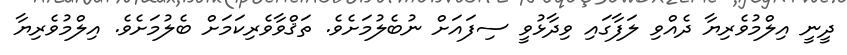
ދީނީ އިލްމުވެރިޔާ ދެއްވި ލަފާގައި ވިދާޅުވީ ސިފައަށް ނުބެލުމަށެވެ. ތަޤްވާވެރިކަމަށް ބެލުމަށެވެ. އިލްމުވެރިޔާ